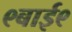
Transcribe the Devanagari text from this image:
९बाई९